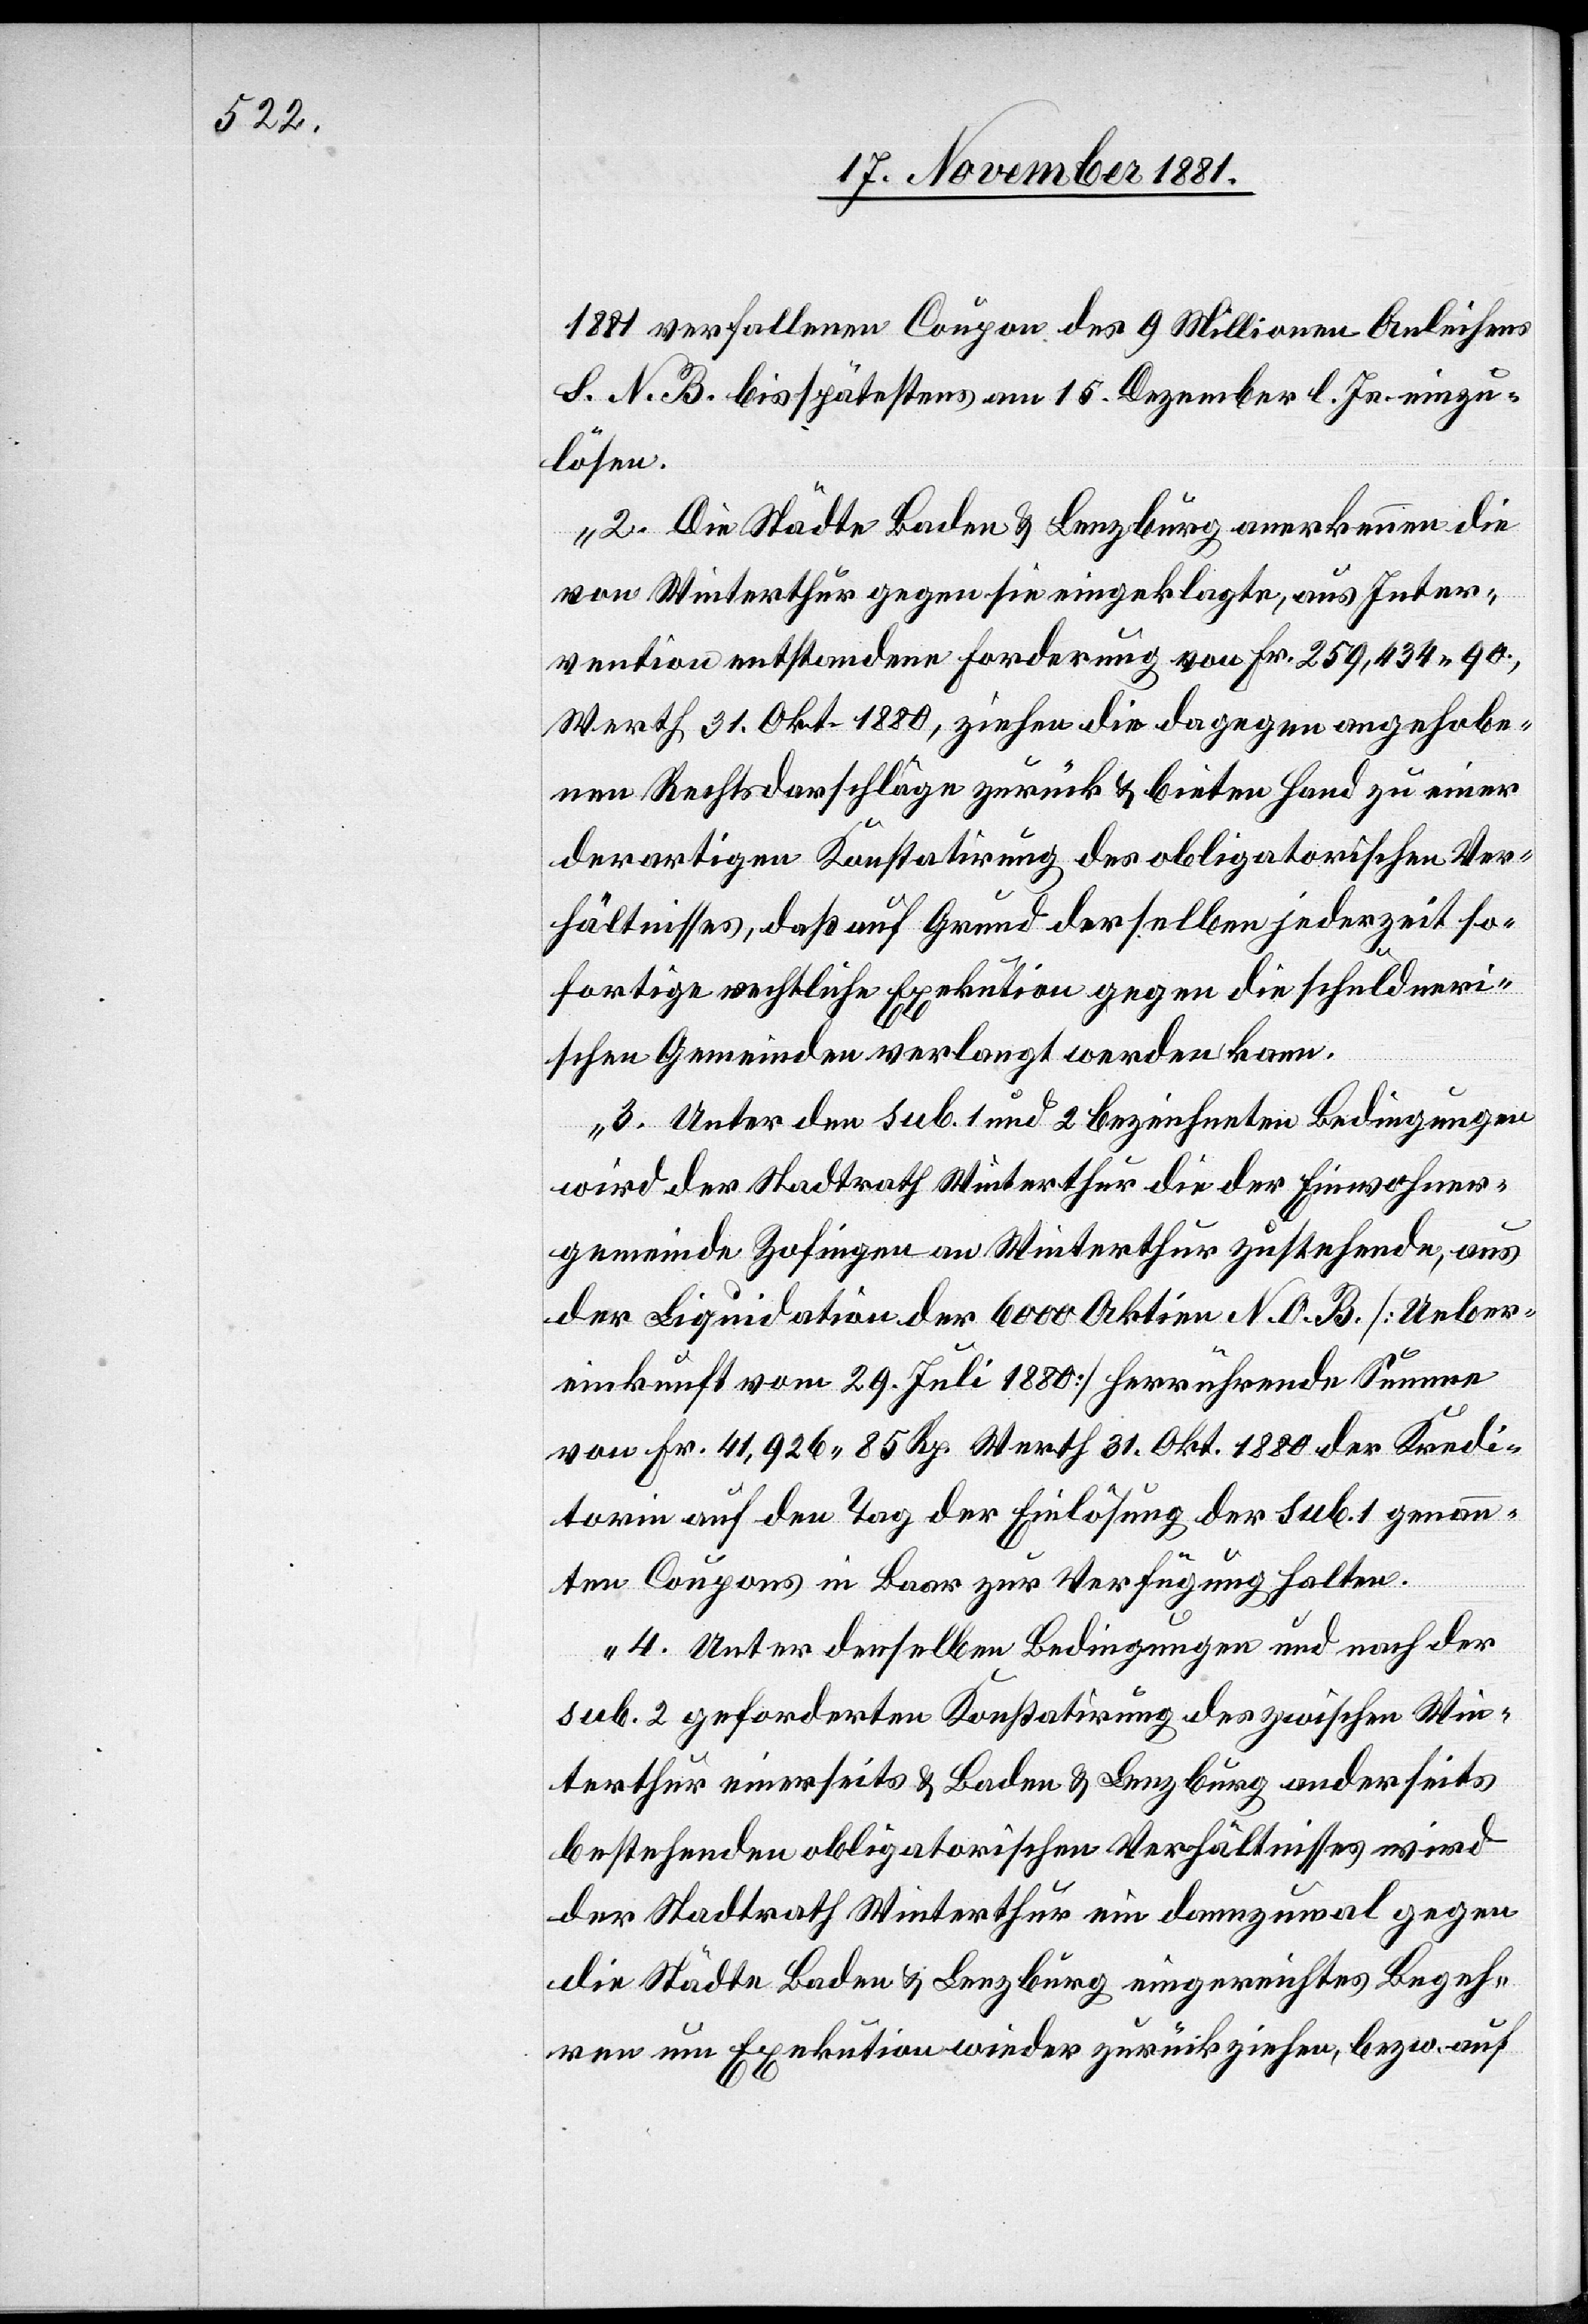
1881 verfallenen Coupon des 9 Millionen Anleihens
S. N. B. bis spätestens am 15. Dezember l. Js. einzu¬
lösen.
2. die Städte Baden & Lenzburg anerkennen die
von Winterthur gegen sie eingeklagte, aus Inter¬
vention entstandene Forderung von Fr. 259,434 90.,
Werth 31. Okt. 1880, ziehen die dagegen angehobe¬
nen Rechtsdarschläge zurück & bieten Hand zu einer
derartigen Konstatirung des obligatorischen Ver¬
hältnisses, daß auf Grund derselben jederzeit so¬
fortige rechtliche Exekution gegen die schuldneri¬
schen Gemeinden verlangt werden kann.
3. Unter den sub. 1 und 2 bezeichneten Bedingungen
wird der Stadtrath Winterthur die der Einwohner¬
gemeinde Zofingen an Winterthur zustehende, aus
der Liquidation der 6000 Aktien N. O. B. [Ueber¬
einkunft vom 29. Juli 1880] herrührende Summe
von Fr. 41,926 85 Rp. Werth 31. Okt 1880 der Kredi¬
torin auf den Tag der Einlösung der sub. 1 genann¬
ten Coupons in Baar zur Verfügung halten.
4. Unter denselben Bedingungen und nach der
sub. 2 geforderten Konstatirung des zwischen Win¬
terthur einerseits & Baden & Lenzburg anderseits
bestehenden obligatorischen Verhältnisses wird
der Stadtrath Winterthur ein dannzumal gegen
die Städte Baden & Lenzburg eingereichtes Begeh¬
ren um Exekution wieder zurückziehen, bezw. auf